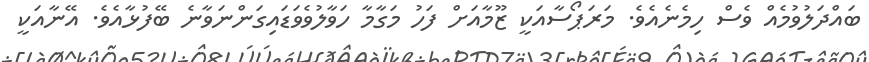
ބައްދަލުވުމެއް ވެސް ހިމެނެއެވެ. މަރަޕޯސާއަކީ ޒޫމާއަށް ފަހު މަގާމާ ހަވާލުވެވަޑައިގަންނަވާނެ ބޭފުޅާއެވެ. އޭނާއަކީ